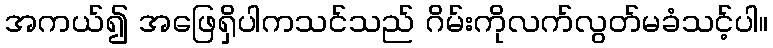
အကယ်၍ အဖြေရှိပါကသင်သည် ဂိမ်းကိုလက်လွတ်မခံသင့်ပါ။